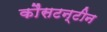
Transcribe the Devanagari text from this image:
कौंसटन्टीन